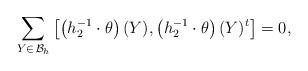
LaTeX: \begin{align*} \sum_{Y \in \, \mathcal{B}_h} \left[\left(h_2^{-1} \cdot \theta\right)(Y), \left(h_2^{-1} \cdot \theta\right)(Y)^t \right] = 0,\end{align*}